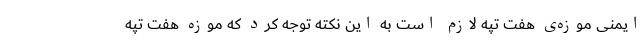
ایمنیِ موزه‌ی هفت تپه لازم است به این نکته توجه کرد که موزه هفت تپه